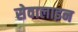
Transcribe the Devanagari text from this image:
सेवालाइन